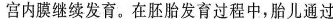
宫内膜继续发育。在胚胎发育过程中，胎儿通过